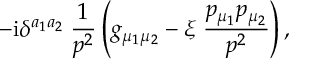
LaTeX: - \mathrm { i } \delta ^ { a _ { 1 } a _ { 2 } } \; \frac { 1 } { p ^ { 2 } } \left( g _ { \mu _ { 1 } \mu _ { 2 } } - \xi \; \frac { p _ { \mu _ { 1 } } p _ { \mu _ { 2 } } } { p ^ { 2 } } \right) ,